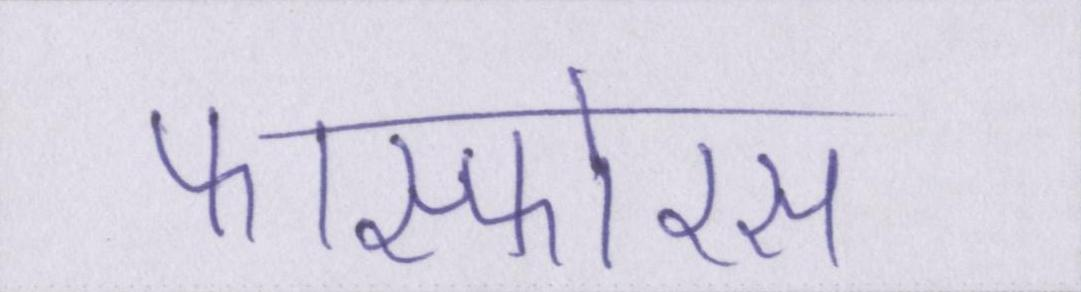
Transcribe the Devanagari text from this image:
फास्फोरस